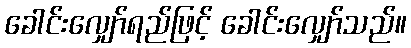
ခေါင်းလျှော်ရည်ဖြင့် ခေါင်းလျှော်သည်။